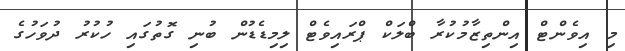
މި އިވެންޓް އިންތިޒާމުކުރާ ބްލަކް ޕްރައިވެޓް ލިމިޑެޑުން ބުނި ގޮތުގައި ހުކުރު ދުވަހުގެ